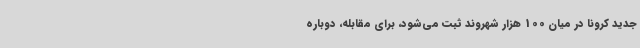
جدید کرونا در میان 100 هزار شهروند ثبت می‌شود، برای مقابله، دوباره